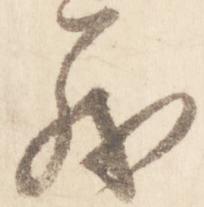
義